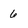
Character: 6